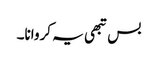
بس تبھی یہ کروانا۔